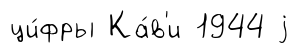
ци́фры Ка́в'и 1944 j